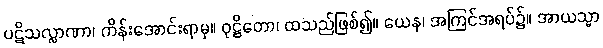
ပဋိသလ္လာဏာ၊ ကိန်းအောင်းရာမှ။ ဝုဋ္ဌိတော၊ ထသည်ဖြစ်၍။ ယေန၊ အကြင်အရပ်၌။ အာယသ္မာ